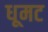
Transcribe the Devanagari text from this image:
धूमट